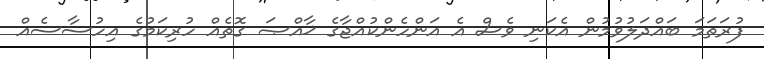
ފުރަތަމަ ބައްދަލުވުމުން އެކަނި ވެސް އެ އަންހެންކުއްޖާގެ ޚާއްޞަ ގޮތެއް ހުރިކަމުގެ އިހުސާސެއް